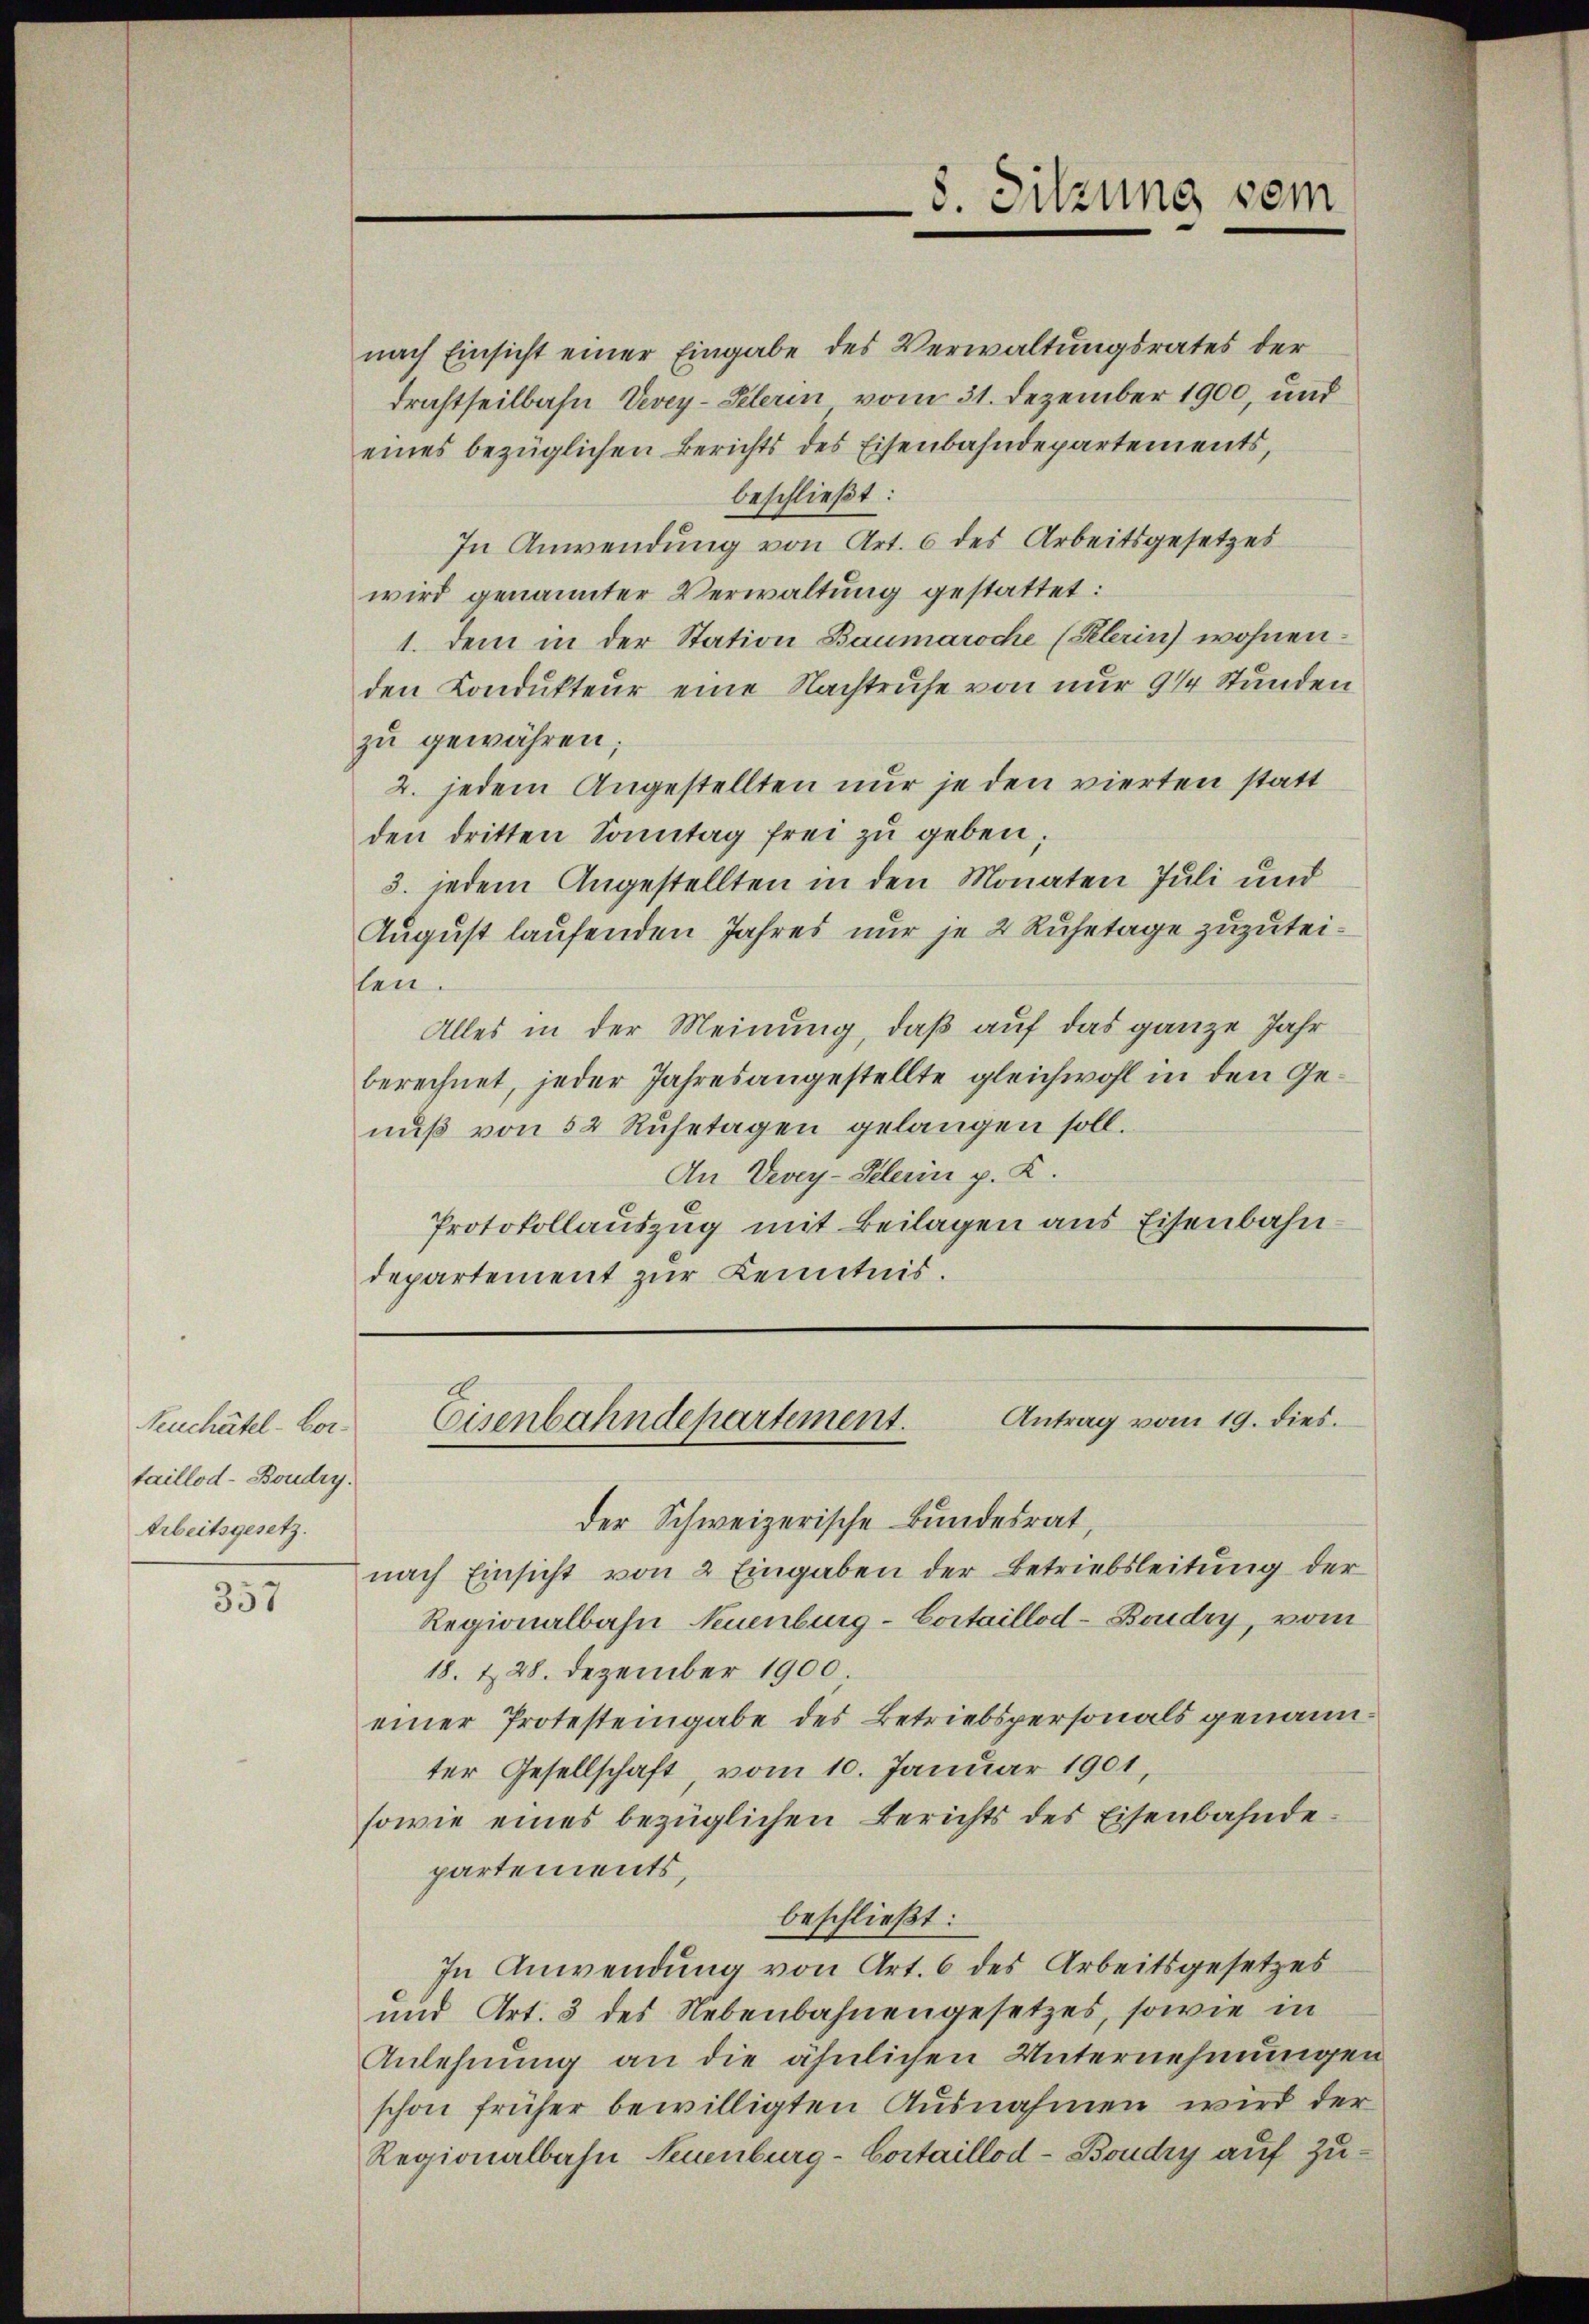
Neuchâtel - Cortaillod-Boudry.
Arbeitsgesetz.

357

nach Einsicht einer Eingabe des Verwaltungsrates der
drachtheilbahn Vevey-Klerin vom 31. Dezember 1900, und
eines bezüglichen Berichts des Eisenbahndepartements,
beschließt:
In Anwendung von Art. 6 des Arbeitsgesetzes
wird genannter Verwaltung gestattet:
1. Dem in der Station Baumaroche (Klerin) wohnenden Condukteur eine Nachtruhe von nur 914 Stunden
zu gewähren;
2. jedem Angestellten nur je den vierten statt
den dritten Sonntag frei zu geben;
3. jedem Angestellten in den Monaten Juli und
August laufenden Jahres nur je 2 Ruhetage zuzuteilen.
Alles in der Meinung, daß auf das ganze Jahr
berechnet, jeder Jahresangestellte gleichwohl in den Genuß von 52 Ruhetagen gelangen soll.
An Vevey-Pelerin p. K.
Protokollauszug mit Beilagen aus Eisenbahndepartement zur Kenntnis.

der Schweizerische Bundesrat,
nach Einsicht von 2 Eingaben der Betriebsleitung der
Regionalbahn Neuenburg-Cortaillod-Boudry, vom
18. 228. Dezember 1900.
einer Protesteingabe des Betriebspersonals genannter Gesellschaft, vom 10. Januar 1901,
sowie eines bezüglichen Berichts des Eisenbahndepartements,
beschließt:
In Anwendung von Art. 6 des Arbeitsgesetzes
und Art. 3 des Nebenbahnengesetzes, sowie in
Anlehnung an die ähnlichen Unternehmungen
schon früher bewilligten Ausnahmen wird der
Regionalbahn Neuenburg-Cortaillod-Boudry auf Zu¬

8. Sitzung sein

Antrag vom 19. dies.
Eisenbahndepartement.